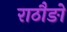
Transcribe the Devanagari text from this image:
राठौङो